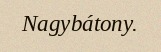
Nagybátony.